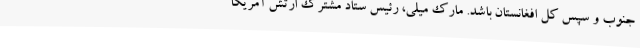
جنوب و سپس کل افغانستان باشد. مارک میلی، رئیس ستاد مشترک ارتش آمریکا